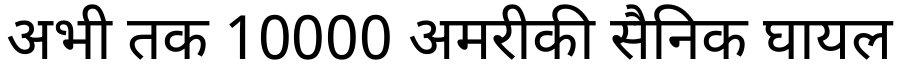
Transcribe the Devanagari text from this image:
अभी तक 10000 अमरीकी सैनिक घायल